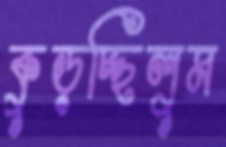
কুড়চ্ছিলুম